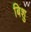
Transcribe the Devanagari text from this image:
बिशु